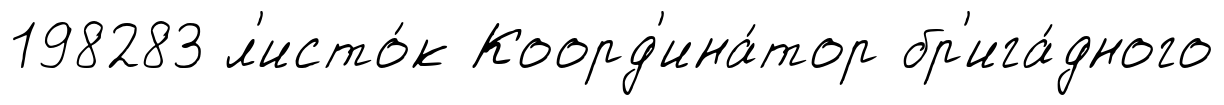
198283 л'исто́к Коорд'ина́тор бр'ига́дного